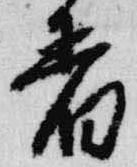
着